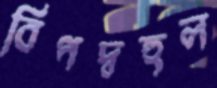
বিপদ্‌বহুল